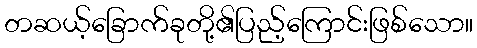
တဆယ့်ခြောက်ခုတို့၏ပြည့်ကြောင်းဖြစ်သော။